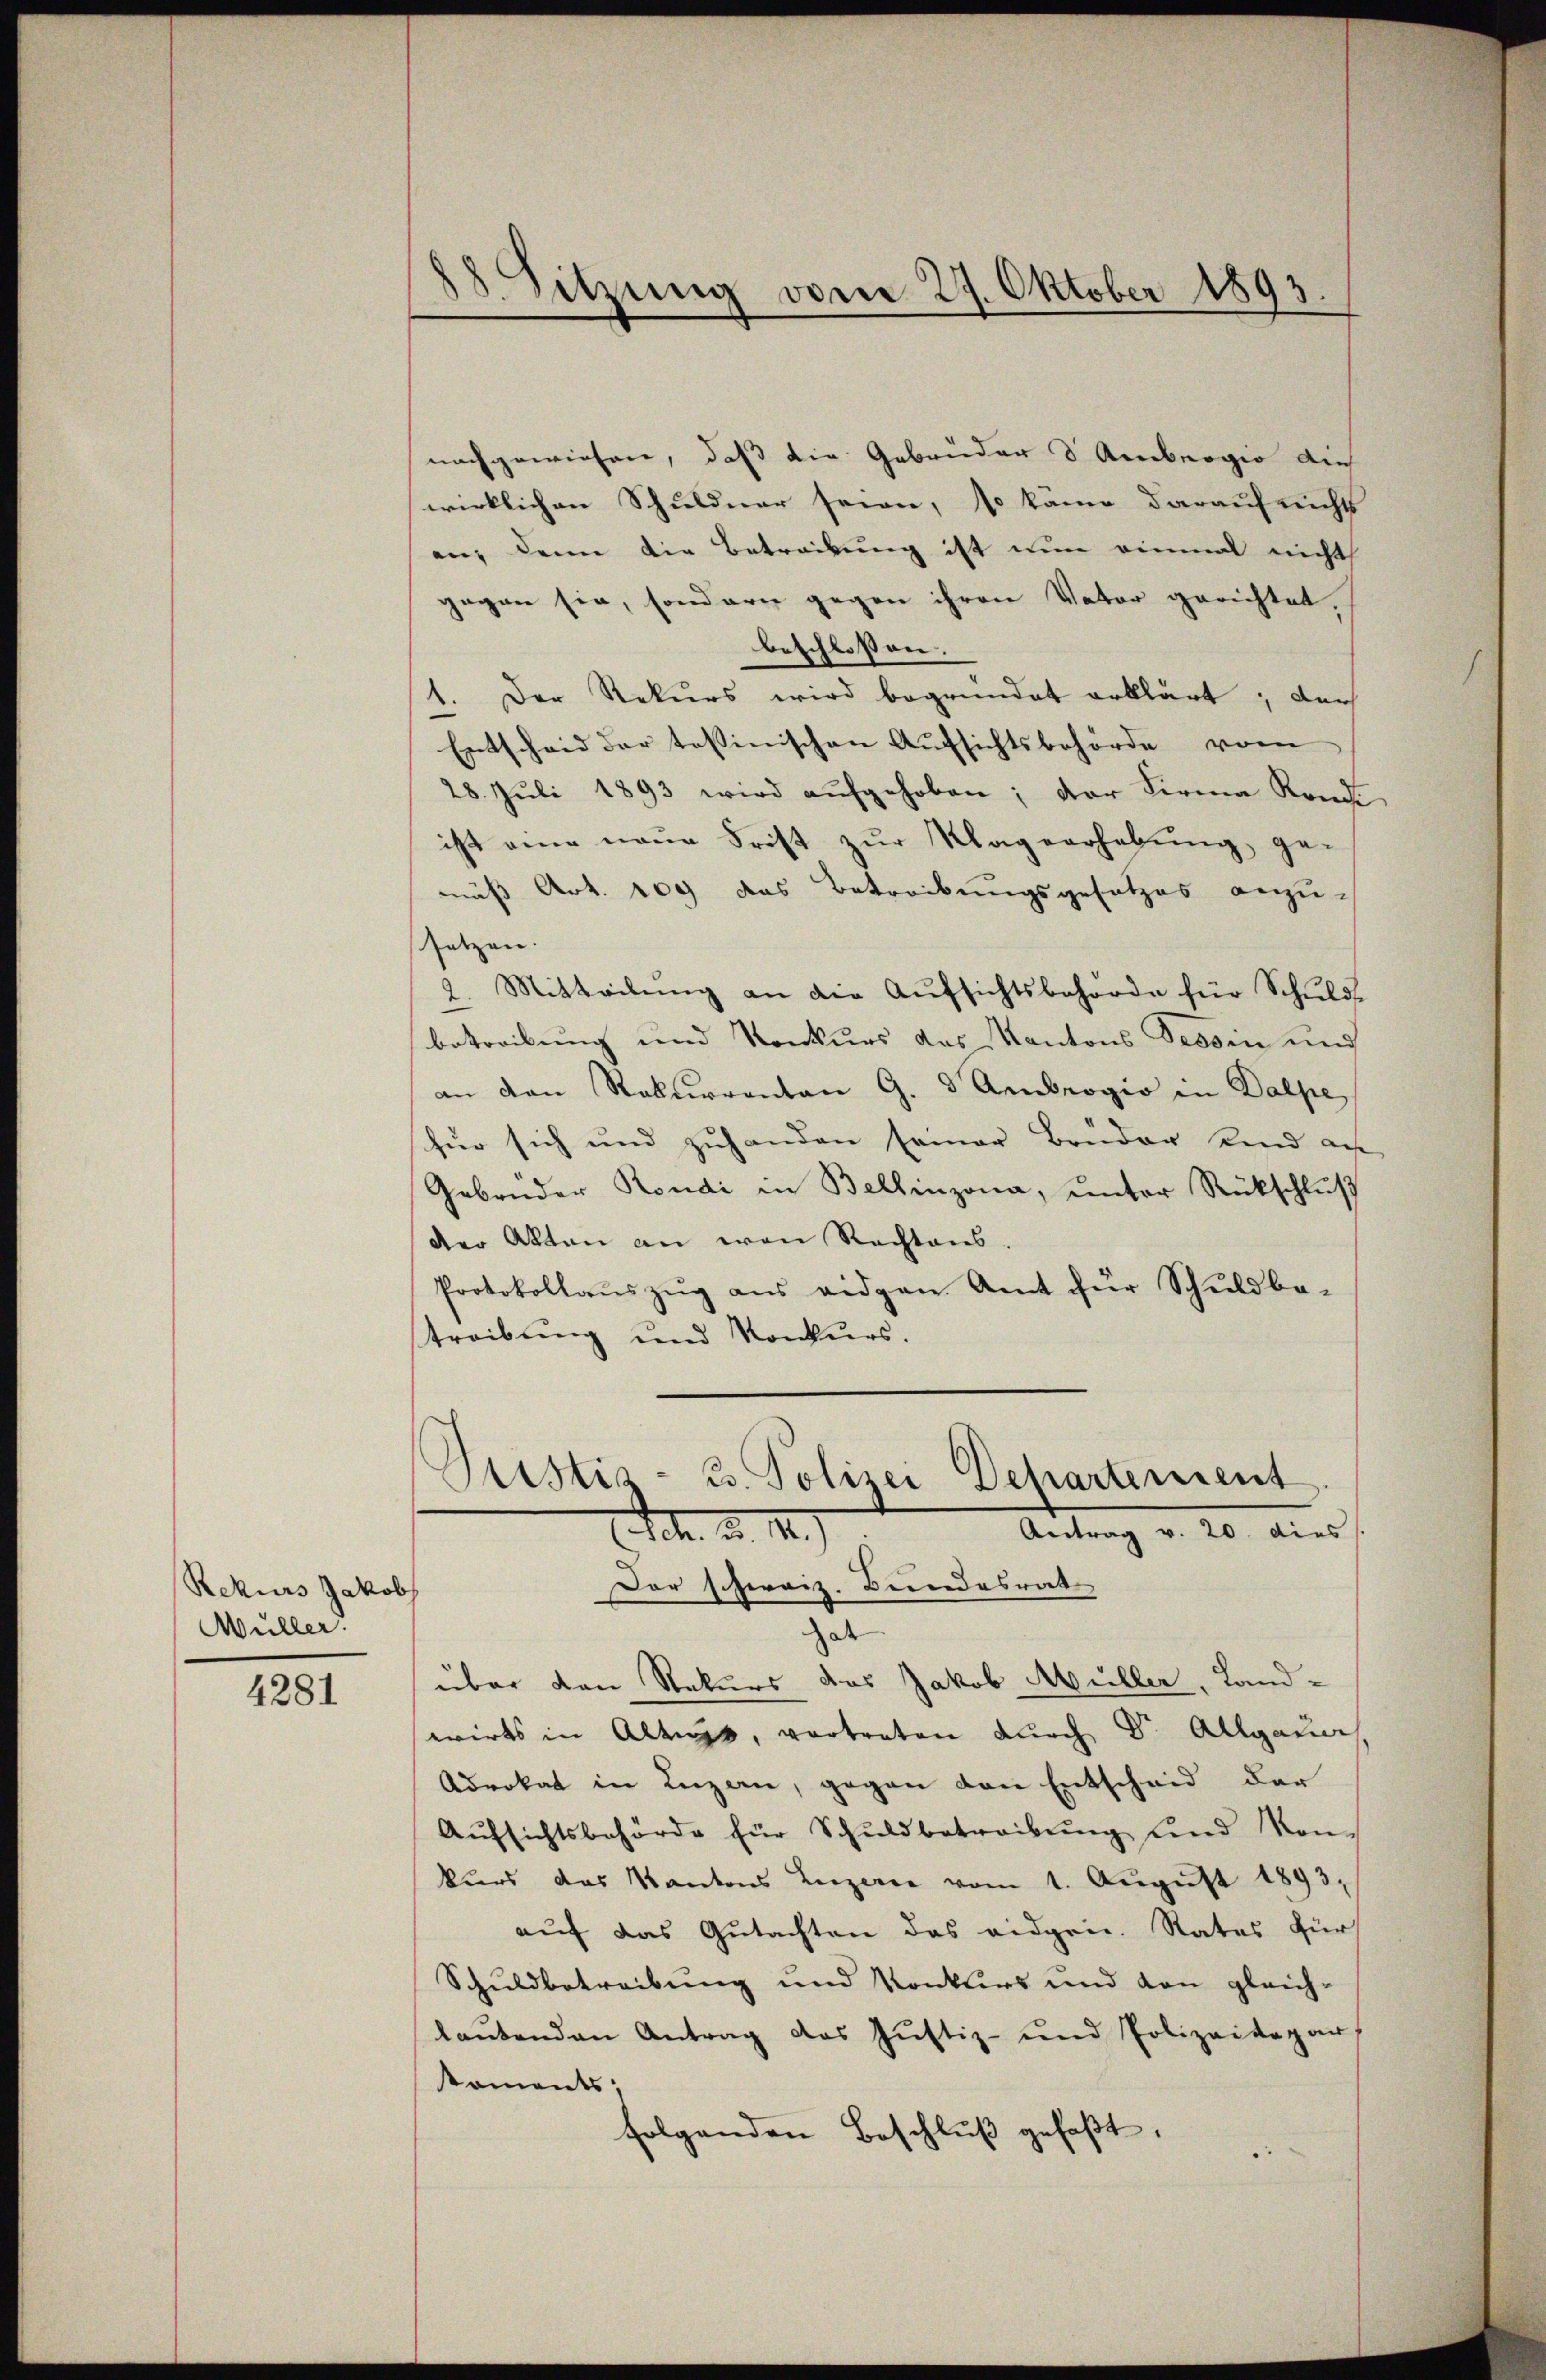
Rekurs Jakob
Wüller.

4281

18. Sitzung vom 27. Oktober 1893.

nachgewiesen, daß die Gebrüder Ambergio auch
wirklichen Schuldner seien, so kam daraufrichts
an, denn die Betreibung ist nun einmal nicht
gegen sie, sondern gegen ihren Vater gerichtet.
beschlossen:
1. Der Rekurs wird begründet erklärt; der
Entscheid der tessinischen Aufsichtsbehörde vom
28. Juli 1893 wird aŭfgehoben; der Firma Rond
ist eine neŭe Frist zŭr Klagverhebŭng ge-
mäß Art. 109 das Betreibungsgesetzes anzusetzen. |
2. Mitteilung an die Aufsichtsbehörde für Schuldbetreibung und Konkurs des Kantons Tessin und
an den Rekurrenten G. 3 Ambrogio in Dalpe
für sich und zuhanden seiner Bruder Kind an
Gebrüder Rondi in Bellinzona, ŭnter Rückschlŭβ
Der Akten an von Rechtens.
Protokollaŭszŭg ans eidgen. Amt für Schuldbe-
treibung und Konkurs.

Justiz- u. Polizei Departement
Joh. d. 1.)
Antrag v. 20. dies
Der schwarz. Bundesrat
s

über den Stekurs das Jakob Müller, Land-
wirks in Altupp, vertreten durch Dr. Allgauer
Advokat in Luzern, gegen den Entscheid der
Aŭfsichtsbehörde für Schŭldbetreibŭng und Kon-
kurs das Kantons Luzerne vom 1. Aŭgŭst 1893.
auf das Gutachten das eidgen. Rates für
Schuldbetreibung und Konkurs und von gleich-
laŭtenden Antrag des Jŭstiz- und Polizeidepar
koments,
folgenden Beschluß gefaßt,